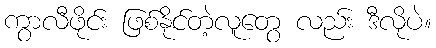
ကွာလီဖိုင်း ဖြစ်နိုင်တဲ့လူတွေ လည်း ဒီလိုပဲ။